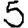
Digit: 5